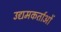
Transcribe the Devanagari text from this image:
उद्यमकर्ताओं